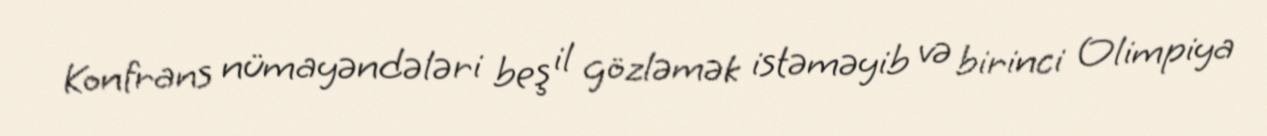
Konfrans nümayəndələri beş il gözləmək istəməyib və birinci Olimpiya